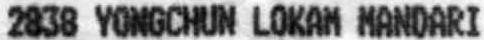
2838 YONGCHUN LOKAM MANDARI